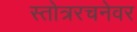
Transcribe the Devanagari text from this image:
स्तोत्ररचनेवर